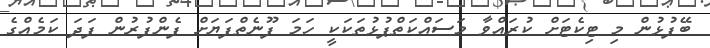
ބޭފުޅުން މި ޓިކެޓަށް ކުރައްވާ މަސައްކަތްޕުޅުތަކަކީ ހަމަ ފޫނެތްފަޔަށް ފެންފުރުން ފަދަ ކަމެއްގެ